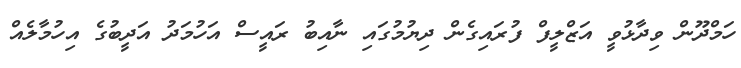
ހަމްދޫން ވިދާޅުވީ އަޒްލީފް ފުރައިގެން ދިޔުމުގައި ނާއިބު ރައީސް އަހުމަދު އަދީބުގެ އިހުމާލެއް